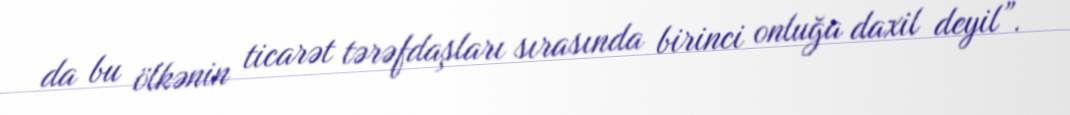
da bu ölkənin ticarət tərəfdaşları sırasında birinci onluğa daxil deyil”.